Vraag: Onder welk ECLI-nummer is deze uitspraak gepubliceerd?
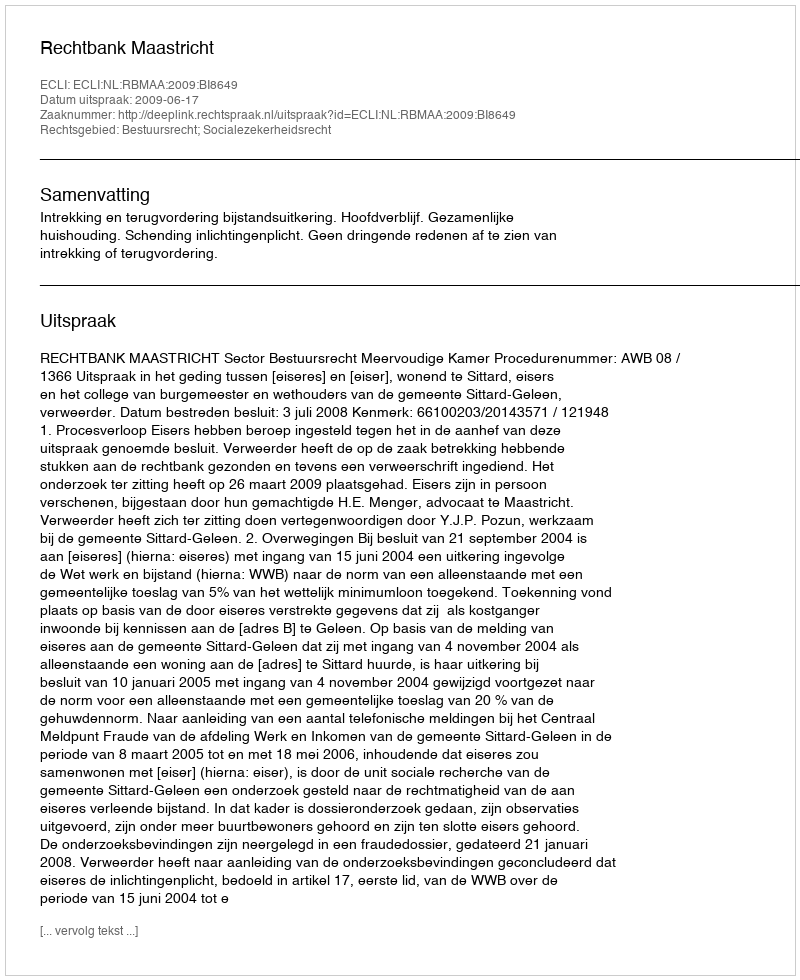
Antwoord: ECLI:NL:RBMAA:2009:BI8649